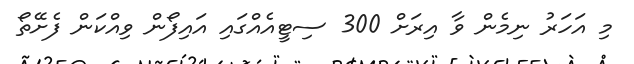
މި އަހަރު ނިމެން ވާ އިރަށް 300 ސިޓީއެއްގައި އައިފޯން ވިއްކަން ފެށޭތޯ